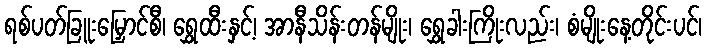
ရစ်ပတ်ခြူးမြှောင်စီ၊ ရွှေထီးနှင့်၊ အာနီသိန်းတန်မျိုး၊ ရွှေခါးကြိုးလည်း၊ စံမျိုးနေ့တိုင်းပင်၊